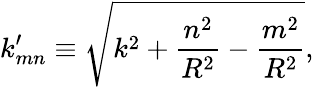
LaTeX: k_{mn}^{\prime}\equiv\sqrt{k^{2}+\frac{n^{2}}{R^{2}}-\frac{m^{2}}{R^{2}}},